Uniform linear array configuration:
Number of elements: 24
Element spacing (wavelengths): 0.25
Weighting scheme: hann
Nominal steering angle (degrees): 15
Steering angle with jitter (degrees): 16.931
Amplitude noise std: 0.05
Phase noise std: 0.05

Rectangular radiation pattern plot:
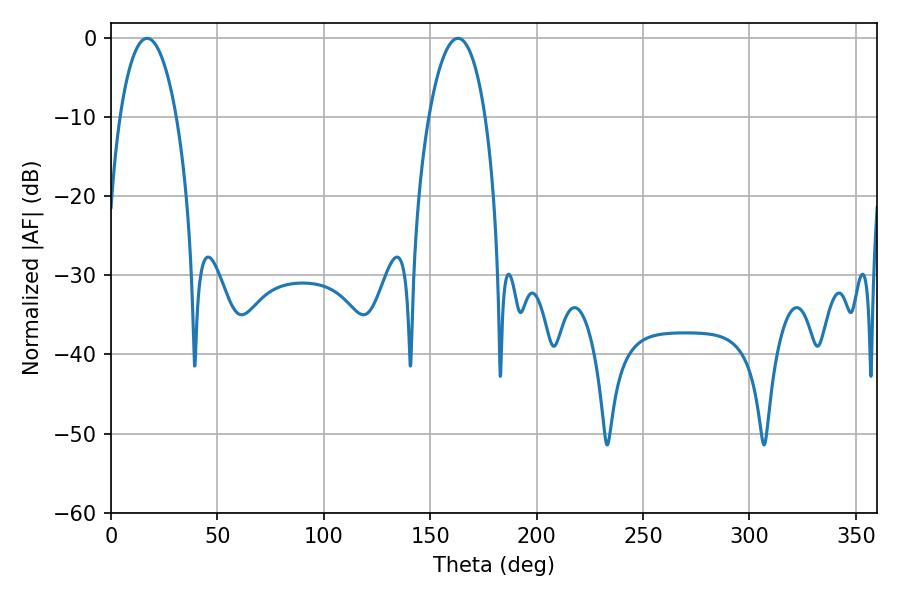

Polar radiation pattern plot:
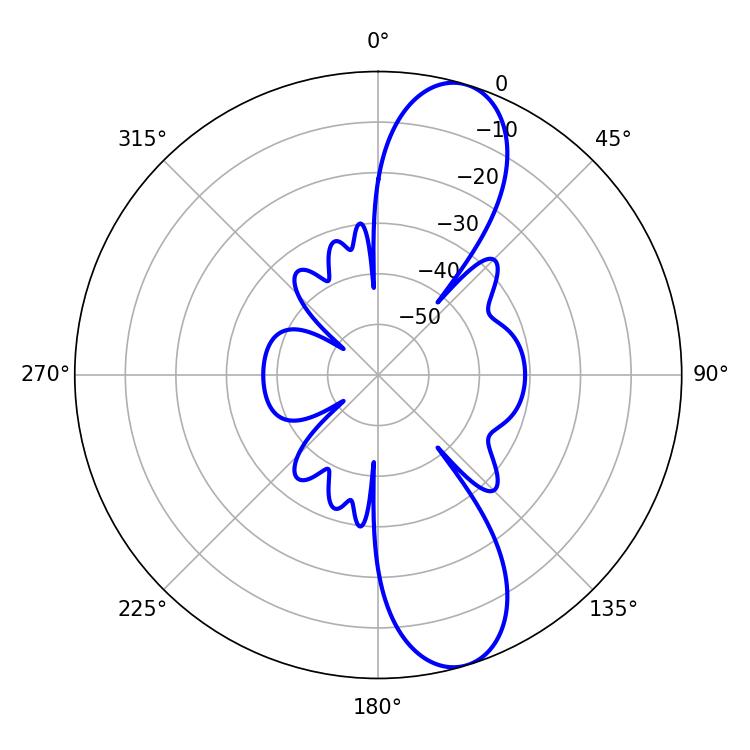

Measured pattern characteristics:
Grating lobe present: FALSE
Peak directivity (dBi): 10.895
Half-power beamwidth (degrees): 14.76
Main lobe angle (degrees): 16.92